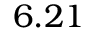
6 . 2 1